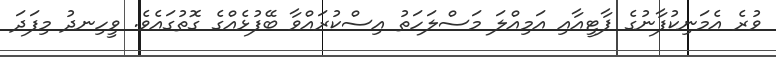
ވުރެ އެމަނިކުފާނުގެ ޕާޓީއާއި އަމިއްލަ މަސްލަހަތު އިސްކުރައްވާ ބޭފުޅެއްގެ ގޮތުގައެވެ. ވީހިނދު މިފަދަ